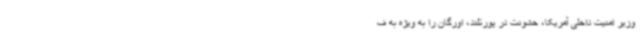
وزیر امنیت داخلی آمریکا، خشونت در پورتلند، اورگان را به ویژه به ف